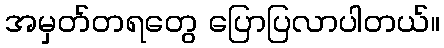
အမှတ်တရတွေ ပြောပြလာပါတယ်။